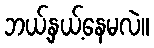
ဘယ့်နှယ့်နေမလဲ။